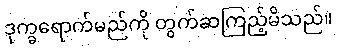
ဒုက္ခရောက်မည်ကို တွက်ဆကြည့်မိသည်။